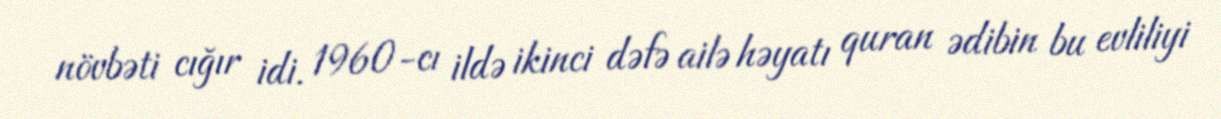
növbəti cığır idi. 1960-cı ildə ikinci dəfə ailə həyatı quran ədibin bu evliliyi